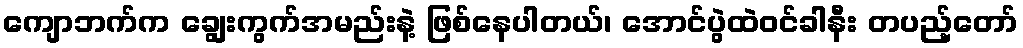
ကျောဘက်က ချွေးကွက်အမည်းနဲ့ ဖြစ်နေပါတယ်၊ အောင်ပွဲထဲဝင်ခါနီး တပည့်တော်